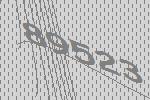
89523